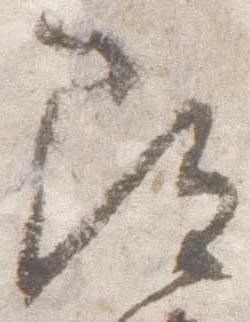
尋